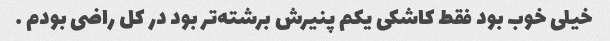
خیلی خوب بود فقط کاشکی یکم پنیرش برشته‌تر بود در کل راضی بودم …